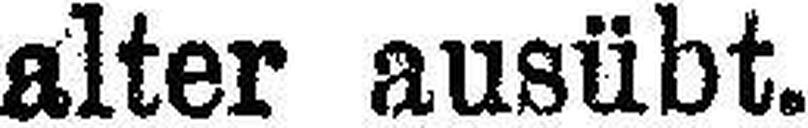
alter ausübt.